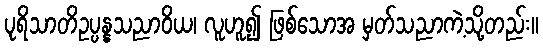
ပုရိသာတိဥပ္ပန္နသညာဝိယ၊ လူဟူ၍ ဖြစ်သောအ မှတ်သညာကဲ့သို့တည်း။